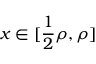
x \in [ \frac { 1 } { 2 } \rho , \rho ]